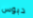
دبوس